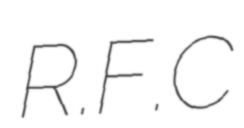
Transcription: R.F.C